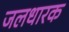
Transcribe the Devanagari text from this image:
जलधारक